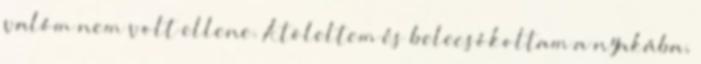
valóm nem volt ellene. Átöleltem és belecsókoltam a nyakába,